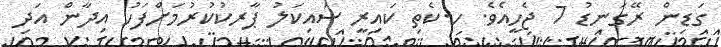
ގަޑިން ރޭގަނޑު 7 ޖެހީއެވެ. ހ.ކެތި ކައިރީ ސައިކަލު ޕާރކުކުރުމަށްފަހު އިދާން އަދި